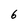
Character: 6